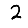
Digit: 2